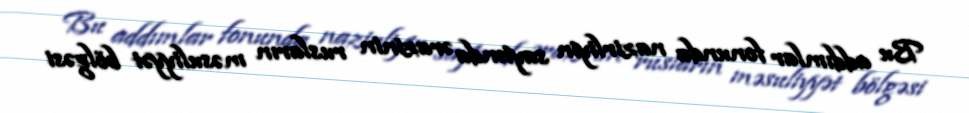
Bu addımlar fonunda nazirliyin saytında ərazinin rusların məsuliyyət bölgəsi